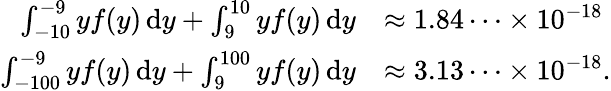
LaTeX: \begin{array}{rl}{\int_{-10}^{-9}yf(y)\, \mathrm{d}y+\int_{9}^{10}yf(y)\, \mathrm{d}y}&{\approx 1.84\dots\times 10^{-18}}\\ {\int_{-100}^{-9}yf(y)\, \mathrm{d}y+\int_{9}^{100}yf(y)\, \mathrm{d}y}&{\approx 3.13\dots\times 10^{-18}\mathrm{.}}\end{array}